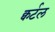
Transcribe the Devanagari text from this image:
क्वर्टल